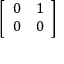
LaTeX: \left[ \begin{array} { l l } { 0 } & { 1 } \\ { 0 } & { 0 } \end{array} \right]